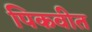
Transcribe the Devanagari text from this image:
पिकवीत